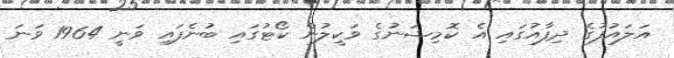
އަލައުފުގެ ދިފާއުގައި އެ ކޮމިޝަނުގެ ވަކީލުން ކޯޓުގައި ބުނެފައި ވަނީ 1964 ވަނަ